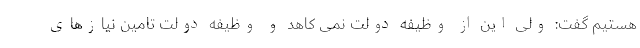
هستیم گفت: ولی این از وظیفه دولت نمی کاهد و وظیفه دولت تامین نیازهای